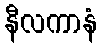
နီလကာနံ